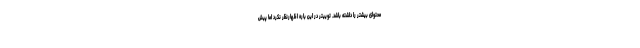
محتوای بیشتر را داشته باشد. توییتر در این باره اظهارنظر نکرد اما پیش